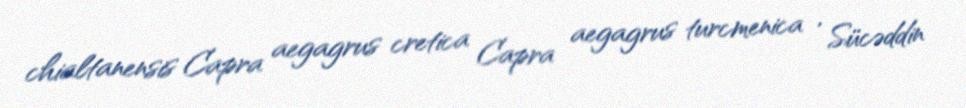
chialtanensis Capra aegagrus cretica Capra aegagrus turcmenica ' Sücəddin